Indian journal of veterinary science and animal husbandry - Volumes 15-17, 1948-1951
Year: 1948
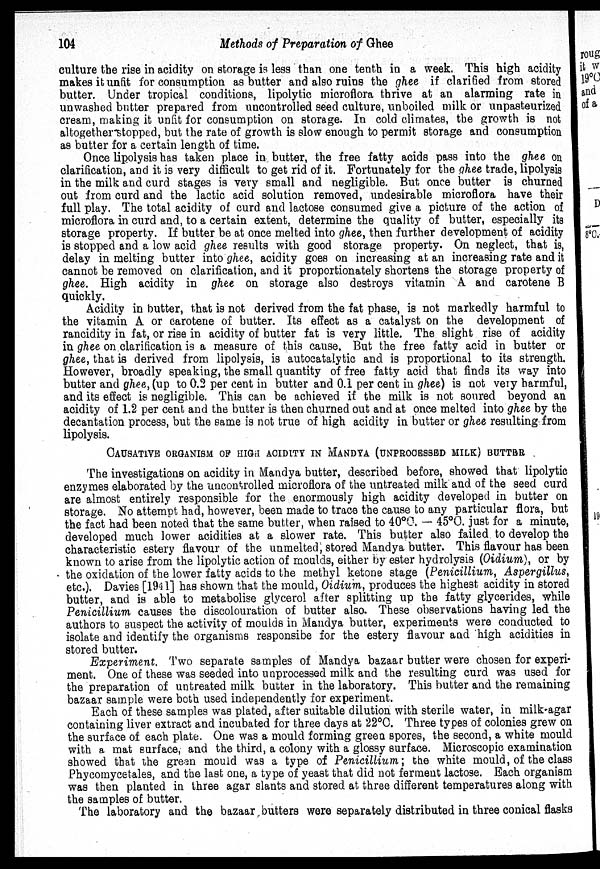
104
Methods of Preparation of Ghee
culture the rise in acidity on storage is less than one tenth in a week. This high acidity
makes it unfit for consumption as butter and also ruins the ghee if clarified from stored
butter. Under tropical conditions, lipolytic microflora thrive at an alarming rate in
unwashed butter prepared from uncontrolled seed culture, unboiled milk or unpasteurized
cream, making it unfit for consumption on storage. In cold climates, the growth is not
altogether stopped, but the rate of growth is slow enough to permit storage and consumption
as butter for a certain length of time.
Once lipolysis has taken place in butter, the free fatty acids pass into the ghee on
clarification, and it is very difficult to get rid of it. Fortunately for the ghee trade, lipolysis
in the milk and curd stages is very small and negligible. But once butter is churned
out from curd and the lactic acid solution removed, undesirable microflora have their
full play. The total acidity of curd and lactose consumed give a picture of the action of
microflora in curd and, to a certain extent, determine the quality of butter, especially its
storage property. If butter be at once melted into ghee, then further development of acidity
is stopped and a low acid ghee results with good storage property. On neglect, that is,
delay in melting butter into ghee, acidity goes on increasing at an increasing rate and it
cannot be removed on clarification, and it proportionately shortens the storage property of
ghee. High acidity in ghee on storage also destroys vitamin A and carotene B
quickly.
Acidity in butter, that is not derived from the fat phase, is not markedly harmful to
the vitamin A or carotene of butter. Its effect as a catalyst on the development of
rancidity in fat, or rise in acidity of butter fat is very little. The slight rise of acidity
in ghee on clarification is a measure of this cause. But the free fatty acid in butter or
ghee, that is derived from lipolysis, is autocatalytic and is proportional to its strength.
However, broadly speaking, the small quantity of free fatty acid that finds its way into
butter and ghee, (up to 0.2 per cent in butter and 0.1 per cent in ghee) is not very harmful,
and its effect is negligible. This can be achieved if the milk is not soured beyond an
acidity of 1.2 per cent and the butter is then churned out and at once melted into ghee by the
decantation process, but the same is not true of high acidity in butter or ghee resulting from
lipolysis.
CAUSATIVE ORGANISM OF HIGH ACIDITY IN MANDYA (UNPROCESSED MILK) BUT
The investigations on acidity in Mandya butter, described before, showed that lipolytic
enzymes elaborated by the uncontrolled microflora of the untreated milk and of the seed curd
are almost entirely responsible for the enormously high acidity developed in butter on
storage. No attempt had, however, been made to trace the cause to any particular flora, but
the fact had been noted that the same butter, when raised to 40°C. — 45°C. just for a minute,
developed much lower acidities at a slower rate. This butter also failed to develop the
characteristic estery flavour of the unmelted, stored Mandya butter. This flavour has been
known to arise from the lipolytic action of moulds, either by ester hydrolysis (Oidium), or by
the oxidation of the lower fatty acids to the methyl ketone stage (Penicillium, Aspergillus,
etc.). Davies [1941] has shown that the mould, Oidium, produces the highest acidity in stored
butter, and is able to metabolise glycerol after splitting up the fatty glycerides, while
Penicillium causes the discolouration of butter also. These observations having led the
authors to suspect the activity of moulds in Mandya butter, experiments were conducted to
isolate and identify the organisms responsibe for the estery flavour and high acidities in
stored butter.
Experiment. Two separate samples of Mandya bazaar butter were chosen for experi-
ment. One of these was seeded into unprocessed milk and the resulting curd was used for
the preparation of untreated milk butter in the laboratory. This butter and the remaining
bazaar sample were both used independently for experiment.
Each of these samples was plated, after suitable dilution with sterile water, in milk agar
containing liver extract and incubated for three days at 22°C. Three types of colonies grew on
the surface of each plate. One was a mould forming green spores, the second, a white mould
with a mat surface, and the third, a colony with a glossy surface. Microscopic examination
showed that the green mould was a type of Penicillium; the white mould, of the class
Phycomycetales, and the last one, a type of yeast that did not ferment lactose. Each organism
was then planted in three agar slants and stored at three different temperatures along with
the samples of butter.
The laboratory and the bazaar butters were separately distributed in three conical flasks